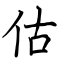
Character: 估